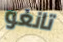
تانغو